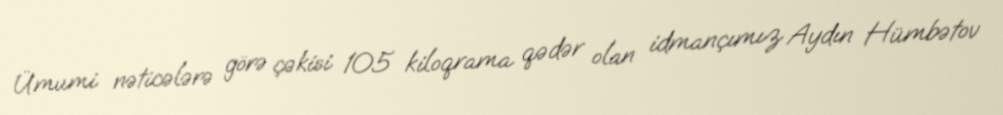
Ümumi nəticələrə görə çəkisi 105 kiloqrama qədər olan idmançımız Aydın Hümbətov